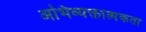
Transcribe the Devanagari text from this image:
अभिव्यक्तात्मकता